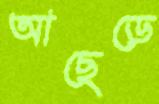
আছেড়ে